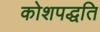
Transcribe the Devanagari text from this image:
कोशपद्धति